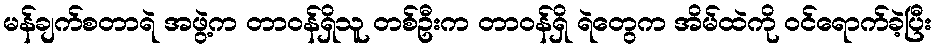
မန်ချက်စတာရဲ အဖွဲ့က တာဝန်ရှိသူ တစ်ဦးက တာဝန်ရှိ ရဲတွေက အိမ်ထဲကို ဝင်ရောက်ခဲ့ပြီး